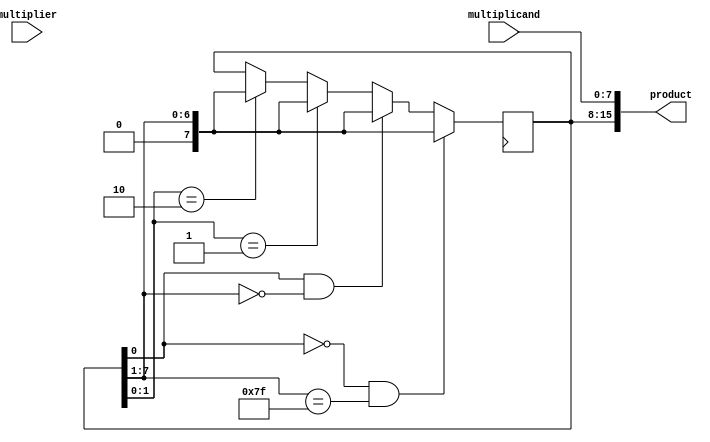
module booth_multiplier (
  input [7:0] multiplicand,
  input [7:0] multiplier,
  output reg [15:0] product
);

reg [7:0] A;
reg [7:0] S;

// Initialization
initial begin
  A = multiplicand;
  S = 8'b0;
  product = 16'b0;
end

// Booth Algorithm
always @(posedge clk) begin
  if (S[0] == 0 && S[7:1] == 7'b1111111) begin
    S <= S >>> 1; // Right shift S
  end else if (S[0] == 1 && S[7:1] == 7'b0000000) begin
    S <= S >>> 1; // Right shift S
  end else if (S[0:1] == 2'b01) begin
    S <= S + A; // S = S + A
    S <= S >>> 1; // Right shift S
  end else if (S[0:1] == 2'b10) begin
    S <= S - A; // S = S - A
    S <= S >>> 1; // Right shift S
  end
end

// Calculate product
always @* begin
  product = {S, A};
end

endmodule